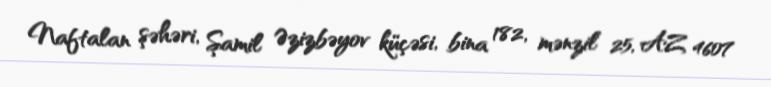
Naftalan şəhəri, Şamil Əzizbəyov küçəsi, bina 182, mənzil 25, AZ 4607